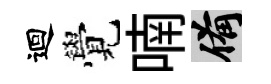
迴覺喃備